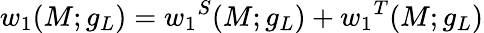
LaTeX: w_{1}(M;g_{L})={w_{1}}^{S}(M;g_{L})+{w_{1}}^{T}(M;g_{L})